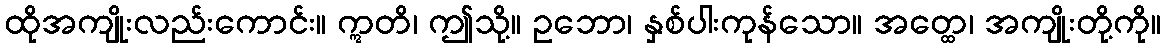
ထိုအကျိုးလည်းကောင်း။ ဣတိ၊ ဤသို့။ ဥဘော၊ နှစ်ပါးကုန်သော။ အတ္ထေ၊ အကျိုးတို့ကို။